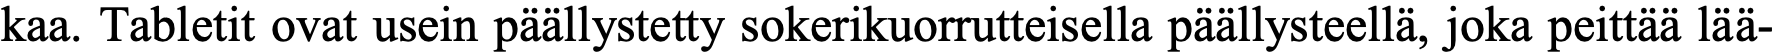
kaa. Tabletit ovat usein päällystetty sokerikuorrutteisella päällysteellä, joka peittää lää-